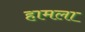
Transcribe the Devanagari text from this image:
हामला